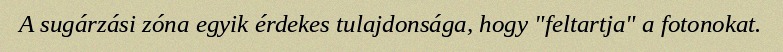
A sugárzási zóna egyik érdekes tulajdonsága, hogy "feltartja" a fotonokat.